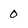
Character: 0